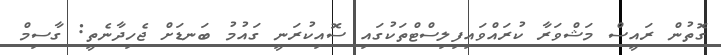
ގޮތުން ރައީސް މަޝްވަރާ ކުރައްވައިފިލިސްޓްތަކުގައި ސޮއިކުރަނީ ގައުމު ބަނޑަށް ޖެހިދާނެތީ: ގާސިމް